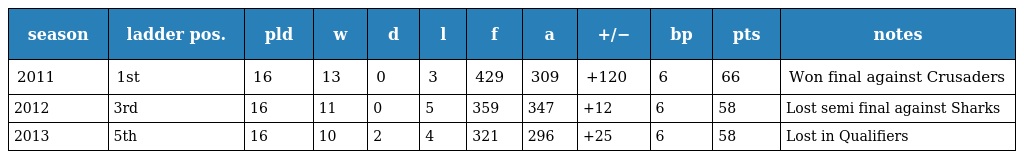
| season | ladder pos. | pld | w | d | l | f | a | +/− | bp | pts | notes |
 | --- | --- | --- | --- | --- | --- | --- | --- | --- | --- | --- | --- |
 | 2011 | 1st | 16 | 13 | 0 | 3 | 429 | 309 | +120 | 6 | 66 | Won final against Crusaders |
 | 2012 | 3rd | 16 | 11 | 0 | 5 | 359 | 347 | +12 | 6 | 58 | Lost semi final against Sharks |
 | 2013 | 5th | 16 | 10 | 2 | 4 | 321 | 296 | +25 | 6 | 58 | Lost in Qualifiers |